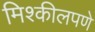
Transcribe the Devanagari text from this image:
मिश्कीलपणे